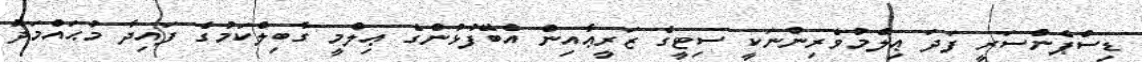
ޑިސްޕެންސަރީ ފަދަ ޢިލްމުވެރިންނަކީ ސިޓީގެ ޒަރީޢާއިން އެބޭފުޅުންގެ ޢިލްމީ ގާބިލްކަމުގެ ފައިދާ މުޙައްމަދު